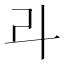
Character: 𠦁